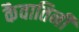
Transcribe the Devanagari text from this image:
कैवातिनी